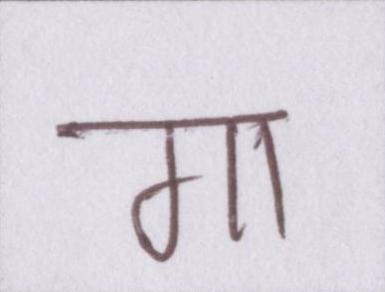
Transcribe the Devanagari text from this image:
गा